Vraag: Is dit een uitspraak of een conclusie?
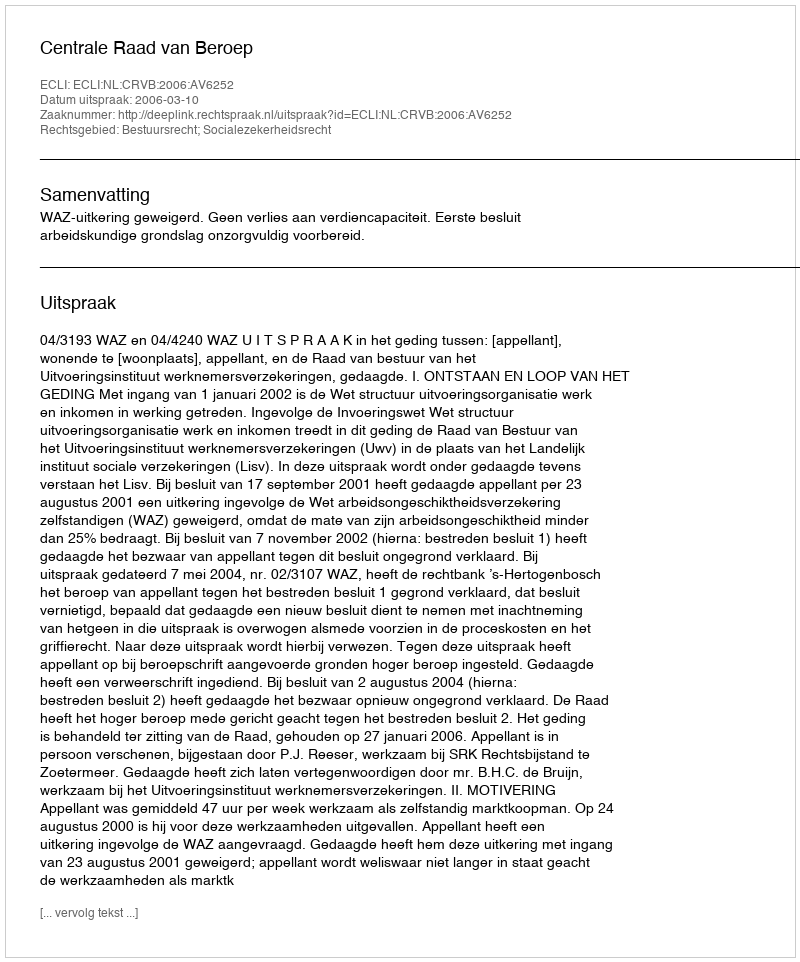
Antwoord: Uitspraak